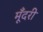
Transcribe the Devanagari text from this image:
मूँदरी